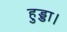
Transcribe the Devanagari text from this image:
हुड्डा।